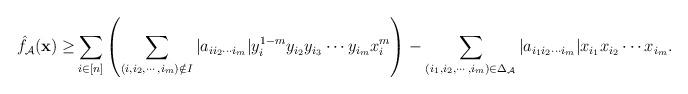
LaTeX: \begin{align*}\begin{aligned}\hat{f}_{\mathcal{A}}({\bf x})\geq &\sum_{i\in [n]} \left(\sum_{(i,i_2,\cdots,i_m)\notin I}|a_{ii_2\cdots i_m}|y_i^{1-m}y_{i_2}y_{i_3}\cdots y_{i_m} x_i^m\right)-\sum_{(i_1,i_2,\cdots,i_m)\in \Delta_{\mathcal{A}}}|a_{i_1i_2\cdots i_m}|x_{i_1}x_{i_2}\cdots x_{i_m}.\end{aligned}\end{align*}